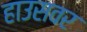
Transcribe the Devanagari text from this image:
हाउसवर